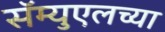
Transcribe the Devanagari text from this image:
सॅम्युएलच्या